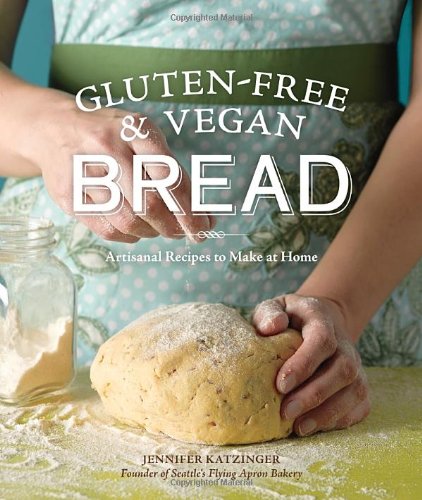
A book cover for Gluten-Free and Vegan Bread: Artisanal Recipes to Make at Home; Jennifer Katzinger; Cookbooks, Food & Wine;